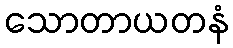
သောတာယတနံ